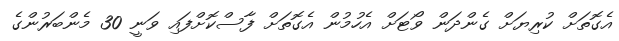
އެގޮތަށް ކުރިޔަށް ގެންދަން ވޯޓަށް އެހުމުން އެގޮތަށް ފާސްކޮށްފައި ވަނީ 30 މެންބަރުންގެ